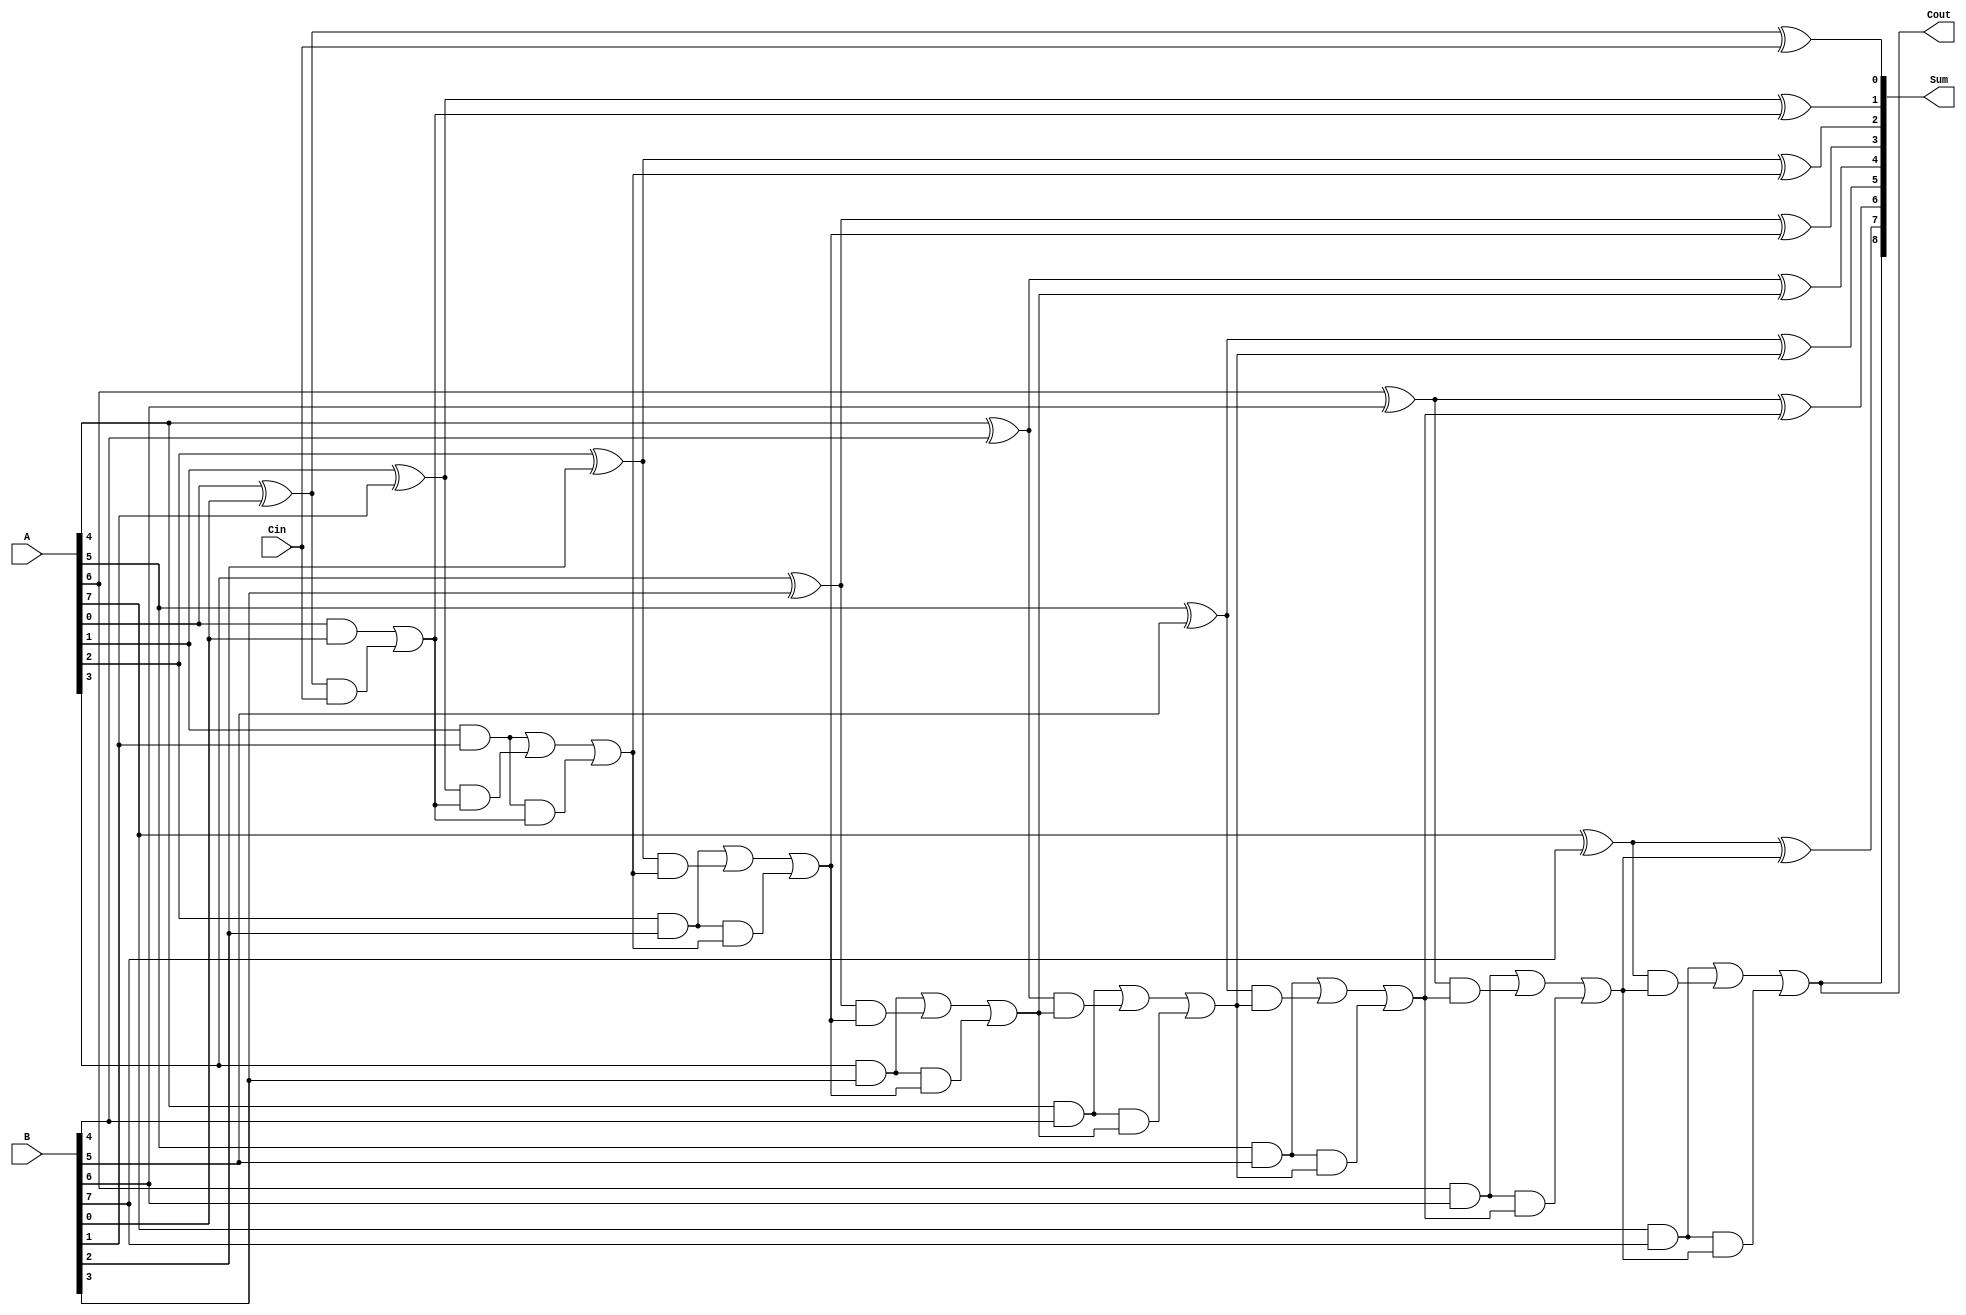
module conditional_sum_adder #(parameter N = 8) (
    input [N-1:0] A,
    input [N-1:0] B,
    input Cin,
    output [N:0] Sum,
    output Cout
);
    // Intermediate signals
    wire [N-1:0] S;     // Preliminary sum bits
    wire [N-1:0] C;     // Carry bits
    wire [N-1:0] C_cond; // Conditional carry bits
    wire [N-1:0] S_cond;  // Conditional sum bits
    wire [N-1:0] C_final; // Final carry bits

    // Generate preliminary sums and carries
    genvar i;
    generate
        for (i = 0; i < N; i = i + 1) begin : sum_and_carry
            assign S[i] = A[i] ^ B[i]; // Preliminary sum
            assign C[i] = A[i] & B[i];  // Carry from A and B
        end
    endgenerate

    // Generate conditional carries
    generate
        for (i = 0; i < N; i = i + 1) begin : conditional_carries
            if (i == 0) begin
                assign C_cond[i] = C[i] | (S[i] & Cin); // First block
            end else begin
                assign C_cond[i] = C[i] | (S[i] & C_final[i-1]); // Subsequent blocks
            end
        end
    endgenerate

    // Compute final sum bits based on conditional carries
    generate
        for (i = 0; i < N; i = i + 1) begin : final_sum
            if (i == 0) begin
                assign S_cond[i] = S[i] ^ Cin; // First sum with initial carry-in
            end else begin
                assign S_cond[i] = S[i] ^ C_final[i-1]; // Subsequent sums
            end
        end
    endgenerate

    // Generate final carry outputs
    assign C_final[0] = C_cond[0];
    generate
        for (i = 1; i < N; i = i + 1) begin : final_carry
            assign C_final[i] = C_cond[i] | (C[i] & C_final[i-1]);
        end
    endgenerate

    // Final Sum and Carry out
    assign Sum = {C_final[N-1], S_cond}; // Concatenate final carry and sum bits
    assign Cout = C_final[N-1]; // Carry out

endmodule